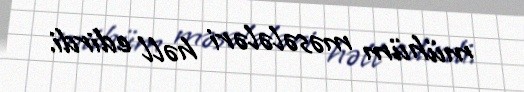
mühüm məsələləri həll edirdi.